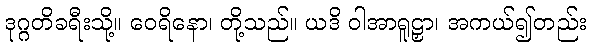
ဒုဂ္ဂတိခရီးသို့။ ဝေရိနော၊ တို့သည်။ ယဒိ ဝါအာရူဠှာ၊ အကယ်၍တည်း